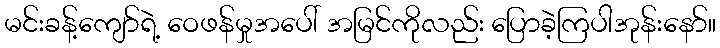
မင်းခန့်ကျော်ရဲ့ ဝေဖန်မှုအပေါ် အမြင်ကိုလည်း ပြောခဲ့ကြပါအုန်းနော်။